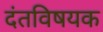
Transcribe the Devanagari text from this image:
दंतविषयक